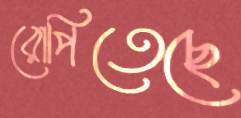
রোপিতেছে